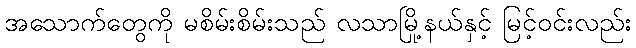
အသောက်တွေကို မစိမ်းစိမ်းသည် လသာမြို့နယ်နှင့် မြင့်ဝင်းလည်း